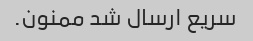
سریع ارسال شد ممنون.